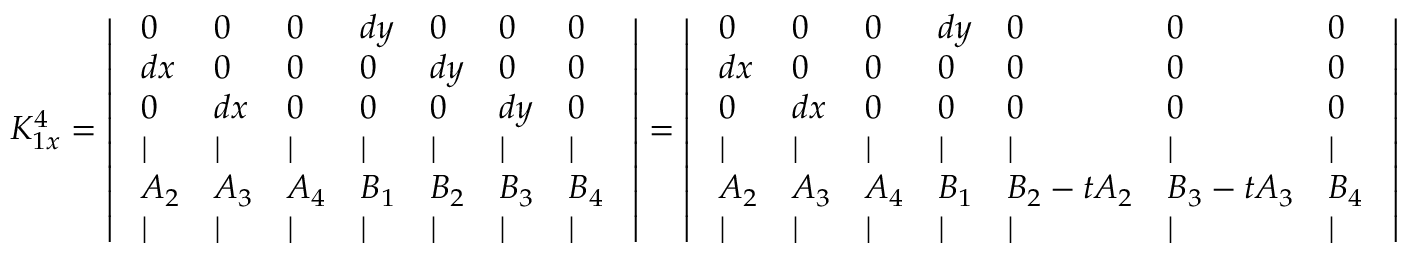
K _ { 1 x } ^ { 4 } = \left| \begin{array} { l l l l l l l } { ~ 0 } & { 0 } & { 0 } & { d y } & { 0 } & { 0 } & { 0 ~ } \\ { ~ d x } & { 0 } & { 0 } & { 0 } & { d y } & { 0 } & { 0 ~ } \\ { ~ 0 } & { d x } & { 0 } & { 0 } & { 0 } & { d y } & { 0 ~ } \\ { ~ | } & { | } & { | } & { | } & { | } & { | } & { | ~ } \\ { ~ A _ { 2 } } & { A _ { 3 } } & { A _ { 4 } } & { B _ { 1 } } & { B _ { 2 } } & { B _ { 3 } } & { B _ { 4 } ~ } \\ { ~ | } & { | } & { | } & { | } & { | } & { | } & { | ~ } \end{array} \right| = \left| \begin{array} { l l l l l l l } { ~ 0 } & { 0 } & { 0 } & { d y } & { 0 } & { 0 } & { 0 ~ } \\ { ~ d x } & { 0 } & { 0 } & { 0 } & { 0 } & { 0 } & { 0 ~ } \\ { ~ 0 } & { d x } & { 0 } & { 0 } & { 0 } & { 0 } & { 0 ~ } \\ { ~ | } & { | } & { | } & { | } & { | } & { | } & { | ~ } \\ { ~ A _ { 2 } } & { A _ { 3 } } & { A _ { 4 } } & { B _ { 1 } } & { B _ { 2 } - t A _ { 2 } } & { B _ { 3 } - t A _ { 3 } } & { B _ { 4 } ~ } \\ { ~ | } & { | } & { | } & { | } & { | } & { | } & { | ~ } \end{array} \right|